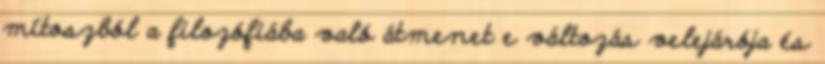
mítoszból a filozófiába való átmenet e változás velejárója és